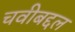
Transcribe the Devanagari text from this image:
चवीबद्दल